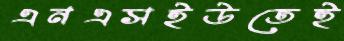
এনএসইউতেই